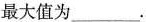
最大值为___.